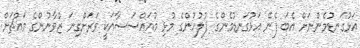
އަޅުގަނޑުމެންނަށް އެބަ ފެނޭ އަޅުގަނޑުމެންގެ ފުލުހުންގެ މުޅި މުއައްސަސާއަކީ ވަރަށްގިނަ ޒުވާނުންގެ މައްޗަށް